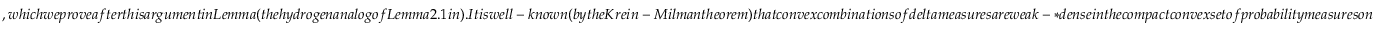
, w h i c h w e p r o v e a f t e r t h i s a r g u m e n t i n L e m m a ( t h e h y d r o g e n a n a l o g o f L e m m a 2 . 1 i n ) . I t i s w e l l - k n o w n ( b y t h e K r e i n - M i l m a n t h e o r e m ) t h a t c o n v e x c o m b i n a t i o n s o f d e l t a m e a s u r e s a r e w e a k - * d e n s e i n t h e c o m p a c t c o n v e x s e t o f p r o b a b i l i t y m e a s u r e s o n